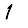
Digit: 1